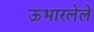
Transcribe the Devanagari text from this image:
ऊभारलेले